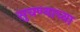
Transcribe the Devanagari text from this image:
सुचण्याच्या